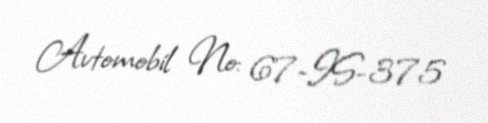
Avtomobil №: 67-IS-375